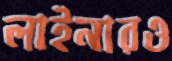
লাইনারও